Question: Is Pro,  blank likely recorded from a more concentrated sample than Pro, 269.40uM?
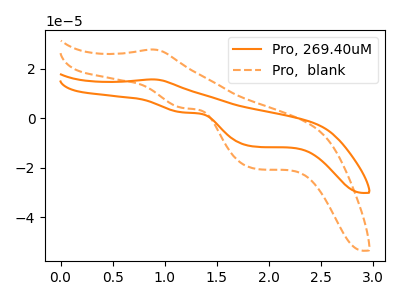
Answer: <think>The orange curve "Pro, 269.40uM" has an anodic peak at (0.85V, 15.65uA) and cathodic peaks at (1.20V, 2.30uA) (1.85V, -11.55uA). The orange dashed curve "Pro,  blank" has an anodic peak at (0.85V, 27.70uA) and cathodic peaks at (1.20V, 4.05uA) (1.85V, -20.45uA).
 All the peaks in "Pro,  blank" have a peak in "Pro, 269.40uM" at the same potential.</think>
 <answer>I cant tell if "Pro,  blank" or "Pro, 269.40uM" has more signal.</answer>
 <eval>mixed_signal</eval>